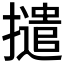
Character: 𭢵